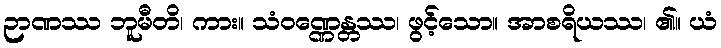
ဉာဏဿ ဘူမီတိ၊ ကား။ သံဝဏ္ဏေန္တဿ၊ ဖွင့်သော။ အာစရိယဿ၊ ၏။ ယံ